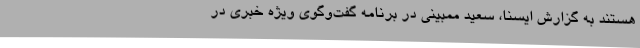
هستند به گزارش ایسنا، سعید ممبینی در برنامه گفت‌وگوی ویژه خبری در